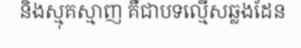
និងស្មុគស្មាញ គឺជាបទល្មើសឆ្លងដែន